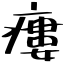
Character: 瘻